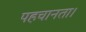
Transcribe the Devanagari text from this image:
पहचानता।